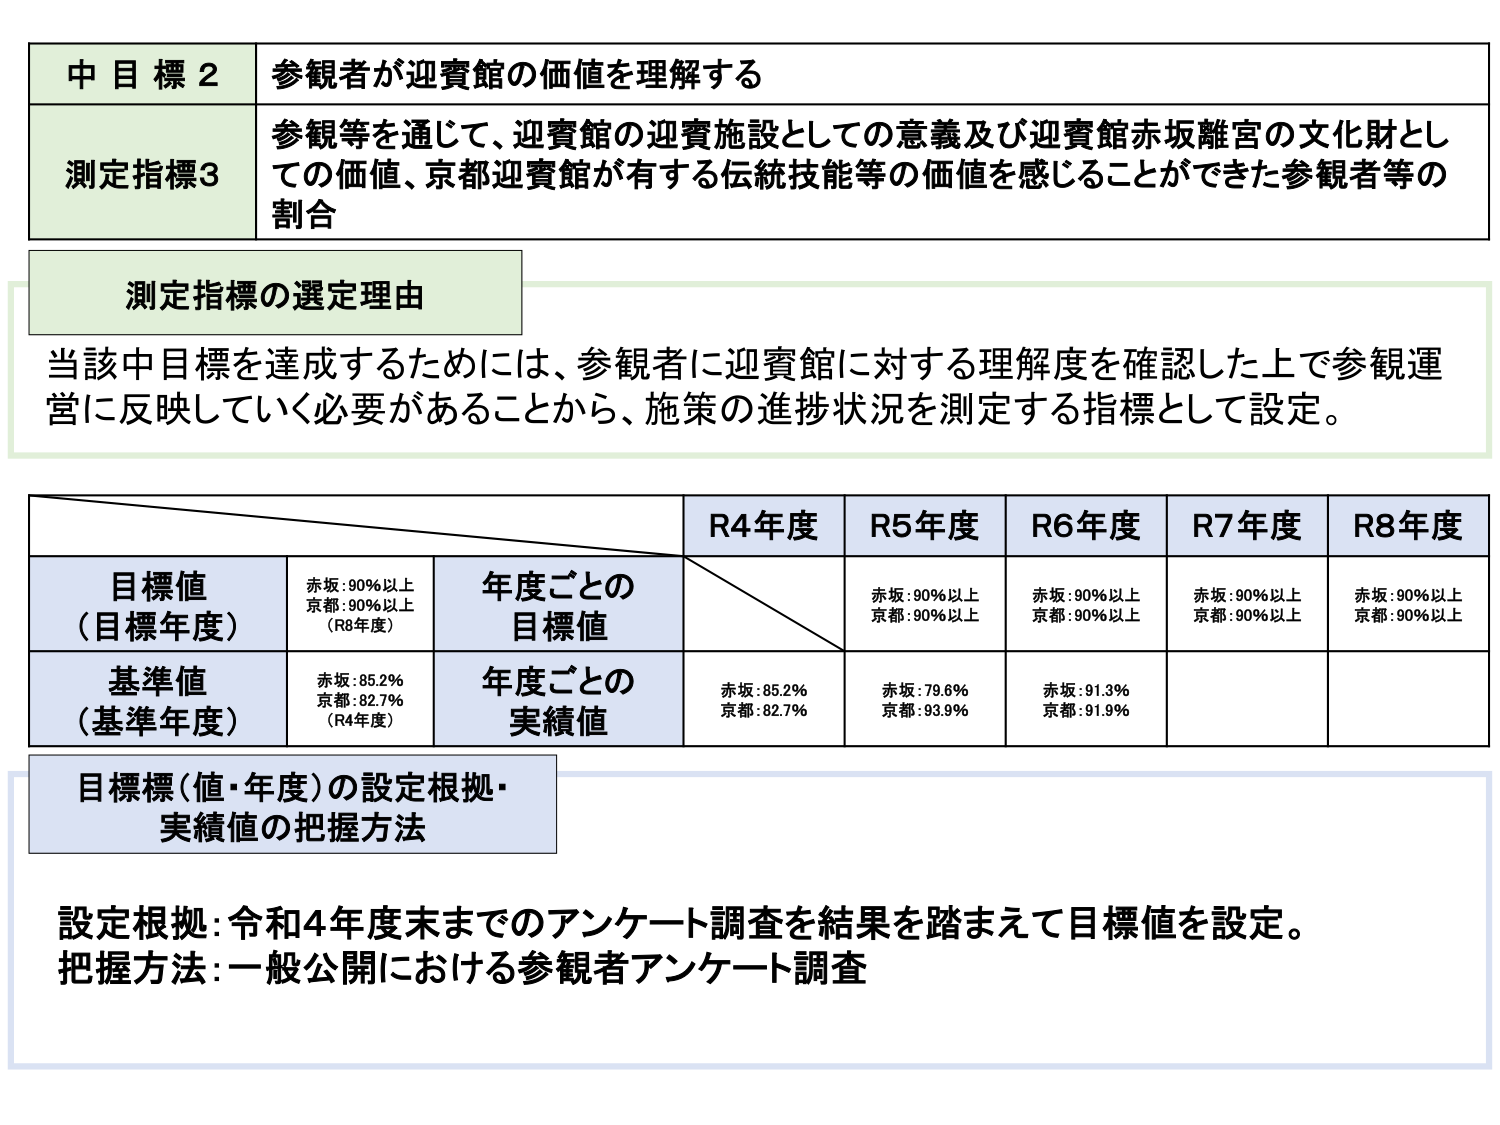
中目標2 参観者が迎賓館の価値を理解する
測定指標3 参観等を通じて、迎賓館の迎賓施設としての意義及び迎賓館赤坂離宮の文化財としての価値、京都迎賓館が有する伝統技能等の価値を感じることができた参観者等の割合

測定指標の選定理由
当該中目標を達成するためには、参観者に迎賓館に対する理解度を確認した上で参観運営に反映していく必要があることから、施策の進捗状況を測定する指標として設定。

R4年度 R5年度 R6年度 R7年度 R8年度
目標値（目標年度） 赤坂:90%以上 京都:90%以上（R8年度） 年度ごとの目標値 赤坂:90%以上 京都:90%以上 赤坂:90%以上 京都:90%以上 赤坂:90%以上 京都:90%以上 赤坂:90%以上 京都:90%以上
基準値（基準年度） 赤坂:85.2% 京都:82.7%（R4年度） 年度ごとの実績値 赤坂:85.2% 京都:82.7% 赤坂:79.6% 京都:93.9% 赤坂:91.3% 京都:91.9%

目標標（値・年度）の設定根拠・実績値の把握方法
設定根拠:令和4年度末までのアンケート調査を結果を踏まえて目標値を設定。
把握方法:一般公開における参観者アンケート調査